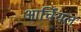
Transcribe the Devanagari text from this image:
आर्चियल